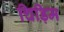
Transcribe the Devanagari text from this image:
चिड़िम